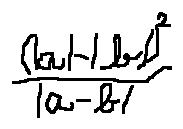
\frac { ( | a | - | b | ) ^ { 2 } } { | a - b | }